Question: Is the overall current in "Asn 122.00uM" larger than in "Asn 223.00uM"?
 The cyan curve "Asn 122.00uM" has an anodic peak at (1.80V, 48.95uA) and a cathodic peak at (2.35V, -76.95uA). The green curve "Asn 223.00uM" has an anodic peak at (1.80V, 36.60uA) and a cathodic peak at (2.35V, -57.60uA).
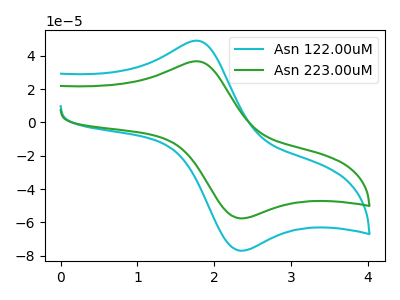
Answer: <think>All the peaks in "Asn 122.00uM" have a peak in "Asn 223.00uM" at the same potential. Every peak in "Asn 122.00uM" is higher than every peak in "Asn 223.00uM".
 </think>
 <answer>"Asn 122.00uM" has more signal than "Asn 223.00uM".</answer>
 <eval>more_signal</eval>